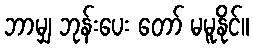
ဘာမျှ ဘုန်းပေး တော် မမူနိုင်။